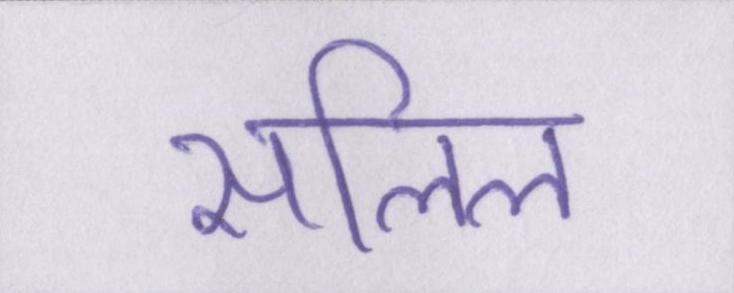
सलिल